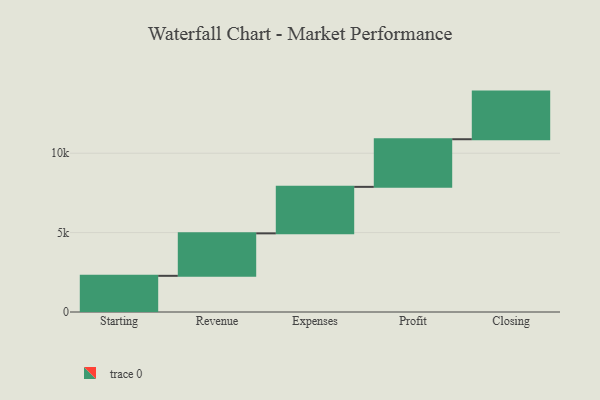
{"axis": {"x": "Step", "y": "Value"}, "legend": [""], "data": [{"x": "Starting", "y": 2278.0, "type": ""}, {"x": "Revenue", "y": 2676.0, "type": ""}, {"x": "Expenses", "y": 2928.0, "type": ""}, {"x": "Profit", "y": 3000, "type": ""}, {"x": "Closing", "y": 3000, "type": ""}]}